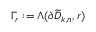
\Gamma _ { r } : = \Lambda ( \partial { \widetilde { D } _ { k , n } } , r )